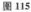
图 115